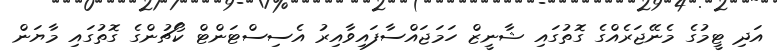
އަދި ޓީމުގެ މެނޭޖަރެއްގެ ގޮތުގައި ޝާނީޒް ހަމަޖައްސާފައިވާއިރު އެސިސްޓަންޓް ކޯޗުންގެ ގޮތުގައި މާޔަން